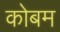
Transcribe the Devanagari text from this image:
कोबम